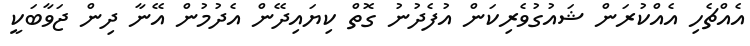
އެއްޗެހި އެއްކުރަން ޝައުގުވެރިކަން އުފެދުނު ގޮތް ކިޔައިދޭން އެދުމުން އޭނާ ދިން ޖަވާބަކީ